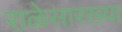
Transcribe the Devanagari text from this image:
राळेसारख्या